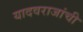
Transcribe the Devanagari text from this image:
यादवराजांची